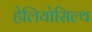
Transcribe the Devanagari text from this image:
हेलियोसिल्थ